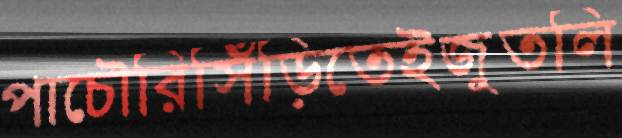
পাচৌরিসিঁড়িতেইজুতলি